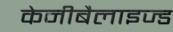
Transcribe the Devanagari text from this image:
केनीबैलाइज्ड